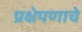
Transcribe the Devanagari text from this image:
प्रक्षेपणाचे